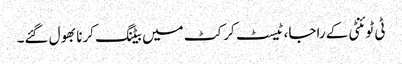
ٹی ٹوئنٹی کے راجا، ٹیسٹ کرکٹ میں بیٹنگ کرنا بھول گئے۔